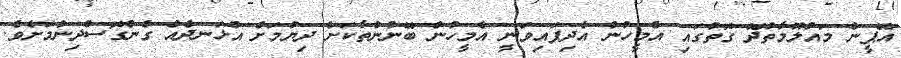
އޭޕީން މައުލޫމާތުދޭ ގޮތުގައި އެމީހުން އެދިފައިވަނީ އެމީހުން ބޭނުންތާކަށް ދިޔުމަށް އުޅަނދެއް ގެންގޮސްދިނުމަށެވެ.